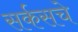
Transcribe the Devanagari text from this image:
सर्कसचे